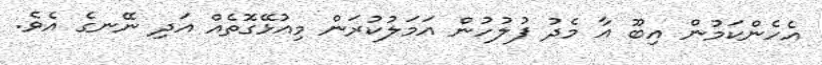
އެހެންކަމުން އިބޫ އާ މެދު ފުލުހުން އަމަލުކުރަން މިއުޅޭގޮތެއް އަދި ނޭނގެ އެވެ.